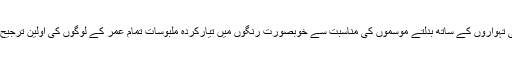
مذہبی اورقومی تہواروں کے ساتھ بدلتے موسموں کی مناسبت سے خوبصورت رنگوں میں تیارکردہ ملبوسات تمام عمر کے لوگوں کی اولین ترجیح بن جاتے ہیں۔